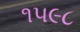
૧૫૯૮